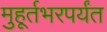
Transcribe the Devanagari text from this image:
मुहूर्तभरपर्यंत